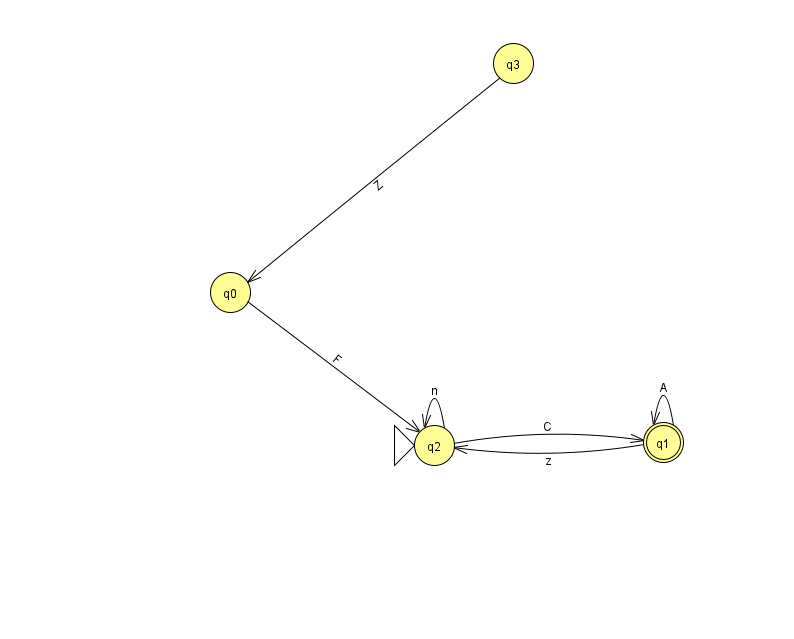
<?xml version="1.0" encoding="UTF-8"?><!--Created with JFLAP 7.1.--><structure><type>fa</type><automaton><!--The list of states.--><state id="0" name="q0"><x>230.0</x><y>279.0</y></state><state id="1" name="q1"><x>663.0</x><y>429.0</y><final/></state><state id="2" name="q2"><x>434.0</x><y>432.0</y><initial/></state><state id="3" name="q3"><x>513.0</x><y>50.0</y></state><!--The list of transitions.--><transition><from>1</from><to>1</to><read>A</read></transition><transition><from>2</from><to>1</to><read>C</read></transition><transition><from>0</from><to>2</to><read>F</read></transition><transition><from>1</from><to>2</to><read>z</read></transition><transition><from>3</from><to>0</to><read>Z</read></transition><transition><from>2</from><to>2</to><read>n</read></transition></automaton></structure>